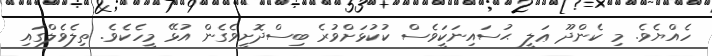
ހެއްޔެވެ. މި ކެންދޫ ޢަލީ ޙުސައިނަކަީވެސް ކުކުޅަށްވުރެ ބިސްދޮށީވެގެން އުޅޭ މީހެކެވެ. ތިލެވެލްގައި